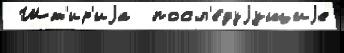
 Шт'ир'иjа  посл'е́дуjущиjе